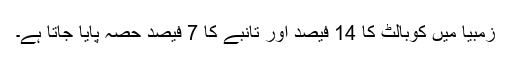
زمبیا میں کوبالٹ کا 14 فیصد اور تانبے کا 7 فیصد حصہ پایا جاتا ہے۔